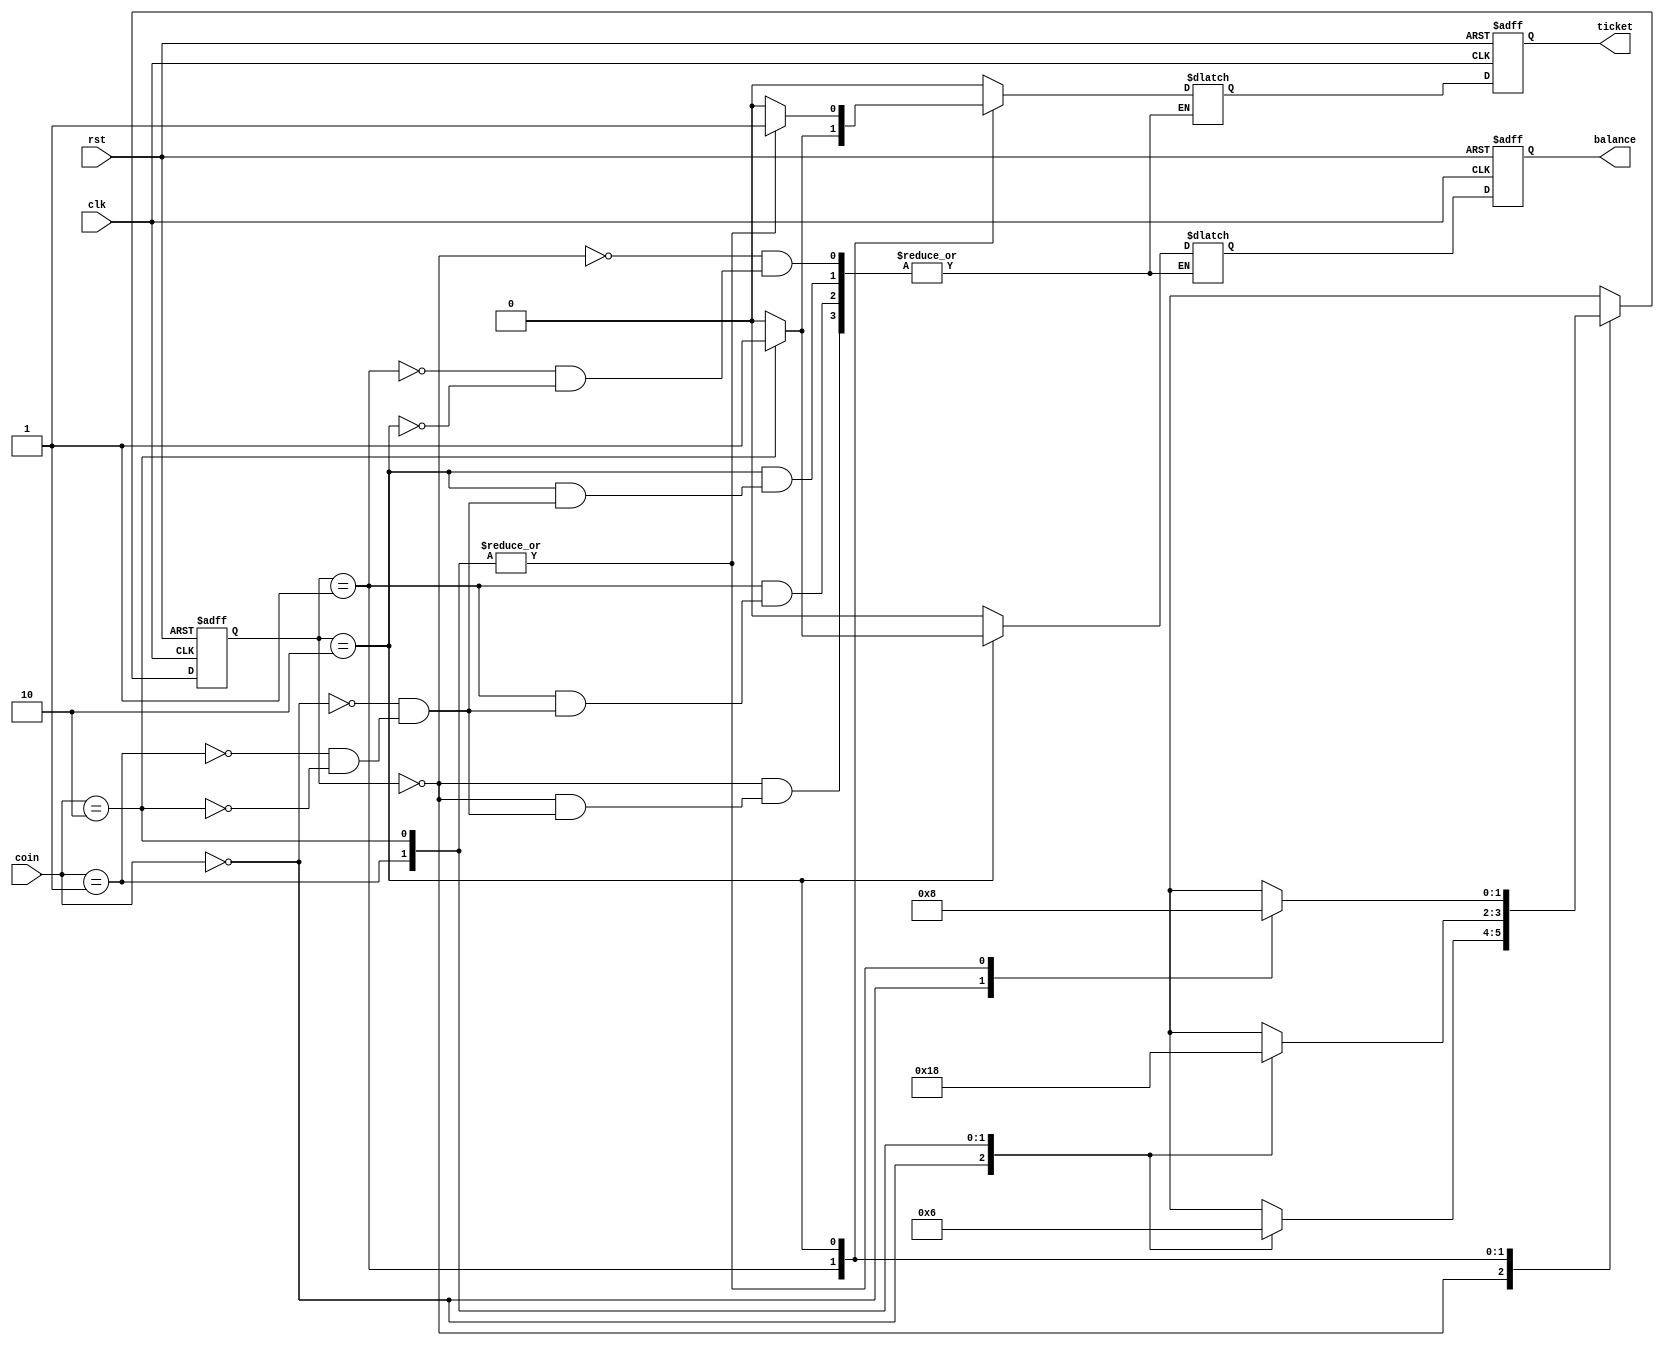
`timescale 1ns / 1ps

module VendingMachine(ticket,balance,coin,clk,rst);

//input,output and state definitions
input clk,rst;
input [1:0]coin;
output reg ticket,balance;
reg [1:0] state,next,next_ticket,next_balance;
parameter ZERO = 2'b00,
			 ONE = 2'b01,
    		 TWO = 2'b10;

always @(posedge clk or posedge rst) begin
	if(rst)
		state<=ZERO;
	else
		state<=next;
end

always @(state or coin) begin
	next = 2'bx;
	case(state)
		ZERO:case(coin)
			2'b00:begin
					next = ZERO;
					next_ticket = 0;
					next_balance = 0;
					end
			2'b01:begin
					next = ONE;
					next_ticket = 0;
					next_balance = 0;
					end
			2'b10:begin
					next = TWO;
					next_ticket = 0;
					next_balance = 0;
					end
	endcase
	
		ONE:case(coin)
			2'b00:begin
					next = ONE;
					next_ticket = 0;
					next_balance = 0;
					end
			2'b01:begin 
					next = TWO;
					next_ticket = 0;
					next_balance = 0;
					end
			2'b10:begin
					next = ZERO;
					next_ticket = 1;
					next_balance = 0;
					end
		endcase
		
		TWO:case(coin)
			2'b00:begin
					next = TWO;
					next_ticket = 0;
					next_balance = 0;
					end
			2'b01:begin
					next = ZERO;
					next_ticket = 1;
					next_balance = 0;
					end
			2'b10:begin
					next = ZERO;
					next_ticket = 1;
					next_balance = 1;
					end
			endcase
	endcase
end

always @(posedge clk or posedge rst) begin
	if(rst)
		begin
		ticket<=0;
		balance<=0;
		end
	else begin
		ticket<=next_ticket;
		balance<=next_balance;
		end
end

endmodule